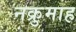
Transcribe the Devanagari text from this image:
नक्रुमाह